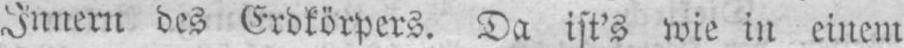
Innern des Erdkörpers. Da ist’s wie in einem